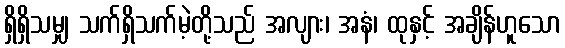
ရှိရှိသမျှ သက်ရှိသက်မဲ့တို့သည် အလျား၊ အနံ၊ ထုနှင့် အချိန်ဟူသော